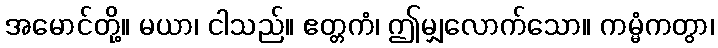
အမောင်တို့။ မယာ၊ ငါသည်။ ဧတ္တကံ၊ ဤမျှလောက်သော။ ကမ္မံကတွာ၊